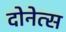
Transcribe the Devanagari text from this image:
दोनेत्स